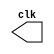
// -------------------------
// Exemplo0042 - F4
// Nome: Rayan Darwin
// -------------------------

// ---------------------------
// -- test clock generator (2)
// ---------------------------
module clock ( clk );
output clk;
reg clk;
initial
begin
clk = 1'b0;
end
always
begin
#12 clk = ~clk;
end
endmodule
module pulse ( signal, clock );
input clock;
output signal;
reg signal;
always @ ( clock )
begin
signal = 1'b1;
#3 signal = 1'b0;
#3 signal = 1'b1;
#3 signal = 1'b0;
end
endmodule // pulse
module trigger ( signal, on, clock );
input on, clock;
output signal;
reg signal;
always @ ( posedge clock & on )
begin
#60 signal = 1'b1;
#60 signal = 1'b0;
end
endmodule // trigger

module Exemplo0042;
wire clock;
clock clk ( clock );
reg p;
wire p1,t1;
pulse pulse1 ( p1, clock );
trigger trigger1 ( t1, p, clock );
initial begin
p = 1'b0;
end
initial begin
$dumpfile ( "Exemplo0042.vcd" );
$dumpvars ( 1, clock, p1, p, t1 );
#060 p = 1'b1;
#120 p = 1'b0;
#180 p = 1'b1;
#240 p = 1'b0;
#300 p = 1'b1;
#360 p = 1'b0;
#376 $finish;
end
endmodule // Exemplo0042